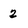
Character: 2